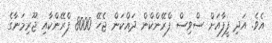
އެވެ. އަދި ފީފާއަށް ސްވިސް ފްރޭންކްން ދައްކަން ޖެހޭ 8000 ފްރޭންކާއި ޖޫރިމަނާގެ